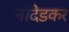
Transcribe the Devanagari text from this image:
नांदेडकर